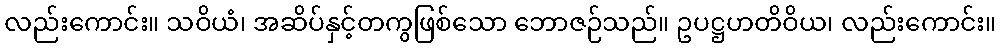
လည်းကောင်း။ သဝိယံ၊ အဆိပ်နှင့်တကွဖြစ်သော ဘောဇဉ်သည်။ ဥပဋ္ဌဟတိဝိယ၊ လည်းကောင်း။